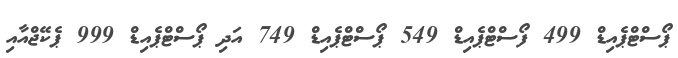
ޕޯސްޓްޕެއިޑް 499 ފޯސްޓްޕެއިޑް 549 ޕޯސްޓްޕެއިޑް 749 އަދި ޕޯސްޓްޕެއިޑް 999 ޕެކޭޖްއާއި